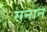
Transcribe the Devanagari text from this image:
सनान